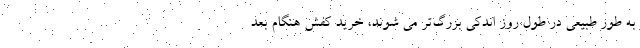
به طور طبیعی در طول روز اندکی بزرگ‌تر می شوند، خرید کفش هنگام بعد